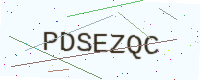
Text: PDSEZQC